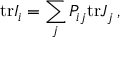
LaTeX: \mathrm { t r } I _ { i } = \sum _ { j } P _ { i j } \mathrm { t r } J _ { j } \, ,